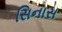
સિનાસ